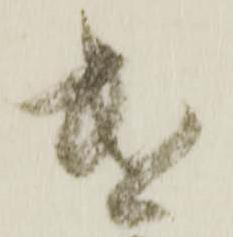
遣